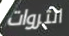
الثروات